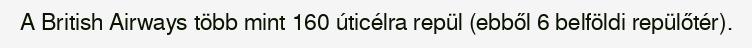
A British Airways több mint 160 úticélra repül (ebből 6 belföldi repülőtér).